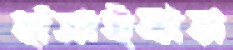
হাঁসাইবার